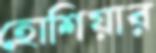
হোশিয়ার